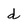
Character: d